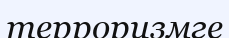
терроризмге